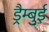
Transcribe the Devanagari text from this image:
ड्रैम्बुई